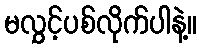
မလွှင့်ပစ်လိုက်ပါနဲ့။